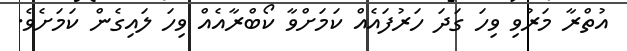
އުތްރާ މަރުވި ވިހަ ގަދަ ހަރުފައެއް ކަމަށްވާ ކޯބްރާއެއް ވިހަ ލައިގެން ކަމަށެވެ.